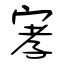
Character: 宯